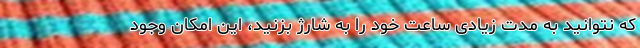
که نتوانید به مدت زیادی ساعت خود را به شارژ بزنید، این امکان وجود